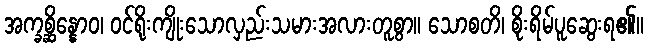
အက္ခစ္ဆိန္နောဝ၊ ဝင်ရိုးကျိုးသောလှည်းသမားအလားတူစွာ။ သောစတိ၊ စိုးရိမ်ပူဆွေးရ၏။